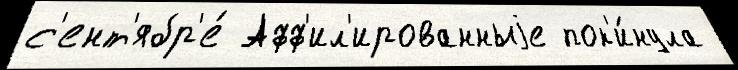
с'ент'ябр'е́ Афф'ил'ированныjе пок'и́нула